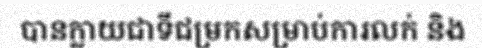
បានក្លាយជាទីជម្រកសម្រាប់ការលក់ និង